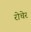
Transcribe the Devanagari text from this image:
रोचेर